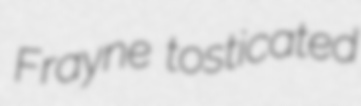
Frayne tosticated